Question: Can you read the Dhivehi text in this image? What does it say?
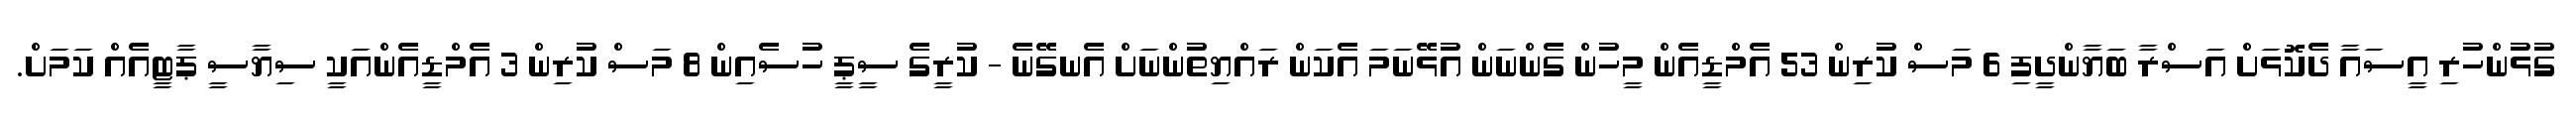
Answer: ގުޅުންހުރި އީސައާ ދެކޮޅަށް އަސްރާ ބަޔާންދީފި 6 މަސް ކުރިން 53 އެމްޑީއެން މީހުން ގެންނަން އުޅޭނަމަ އެކަން ރައްޔިތުންނަށް އެނގޭނެ - ކުރީގެ ސީޕީ ހުސެއިން 8 މަސް ކުރިން 3 އެމްޑީއެންއަކީ ސިޔާސީ ޕާޓީއެއް ކަމަށް.